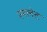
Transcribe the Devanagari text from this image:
रनलेट